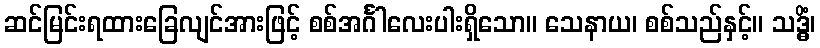
ဆင်မြင်းရထားခြေလျင်အားဖြင့် စစ်အင်္ဂါလေးပါးရှိသော။ သေနာယ၊ စစ်သည်နှင့်။ သဒ္ဓိံ၊